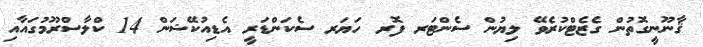
ޤާނޫނީގޮތުން ގެޒެޓްކުރެވޭ ލިޔުން ސެންޓަރ ފޮރ ހަޔަރ ސެކަންޑަރީ އެޑިއުކޭޝަން 14 ކްލާސްރޫމުގައާއި